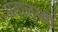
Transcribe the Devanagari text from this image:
मतालम्बी